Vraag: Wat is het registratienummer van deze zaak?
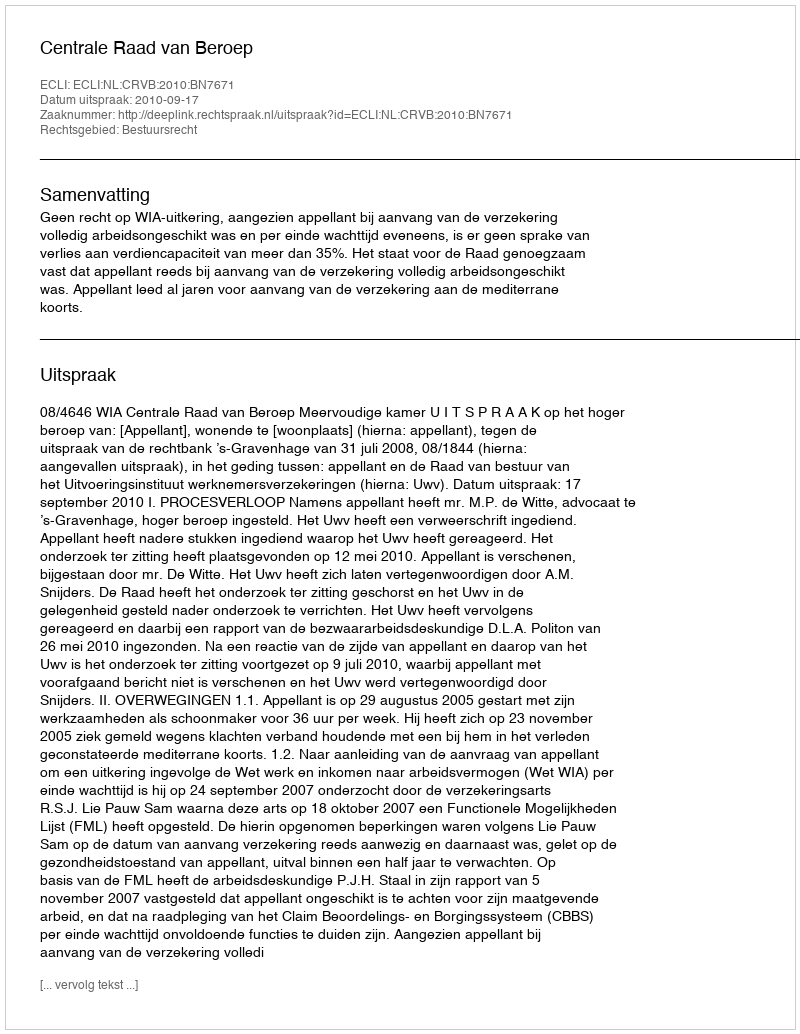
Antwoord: http://deeplink.rechtspraak.nl/uitspraak?id=ECLI:NL:CRVB:2010:BN7671